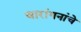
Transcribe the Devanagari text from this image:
वारांगनांचे